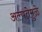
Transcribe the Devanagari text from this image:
अल्पतेमुळे